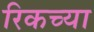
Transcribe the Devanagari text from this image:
रिकच्या